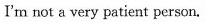
I'm not a very patient person.